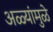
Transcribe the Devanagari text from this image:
अळ्यांमुळे